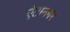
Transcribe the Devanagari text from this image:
ऐटानगर